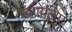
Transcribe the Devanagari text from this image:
खगोलिए